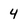
Character: 4